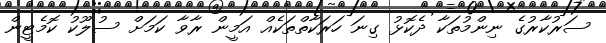
ސަރުކާރުގެ ނިންމުތަކާ ދެކޮޅު ގިނަ ހަރަކާތްތަކެއް އަމީން ރާވާ ކަމަށް ސުލޫކު ކޮމެޓީން